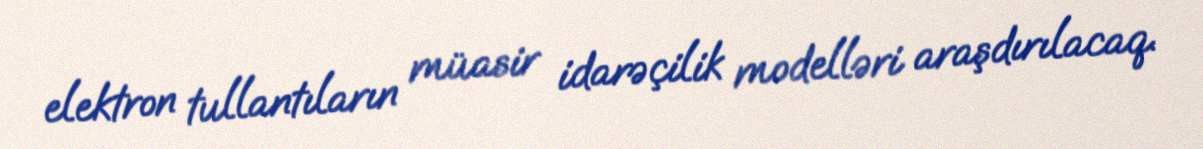
elektron tullantıların müasir idarəçilik modelləri araşdırılacaq.